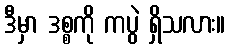
ဒီမှာ ဒစ္စကို ကပွဲ ရှိသလား။